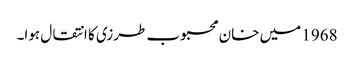
1968 میں خان محبوب طرزی کا انتقال ہوا۔